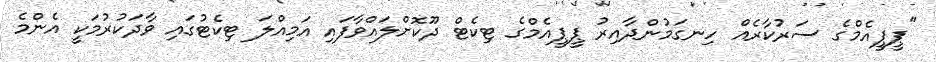
"ޕީޕީއެމްގެ ސަރުކާރެއް ހިނގަމުންދާއިރު ޕީޕީއެމްގެ ޓިކެޓް ދޫކޮށްލައްވާފައި އަމިއްލަ ޓިކެޓުގައި ވާދަކުރުމަކީ އެންމެ